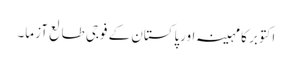
اکتوبر کا مہینہ اورپاکستان کے فوجی طالع آزما۔